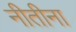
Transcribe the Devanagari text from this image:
नीतीना